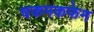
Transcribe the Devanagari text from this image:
चकमकफेम